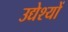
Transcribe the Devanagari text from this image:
उद्येश्यों